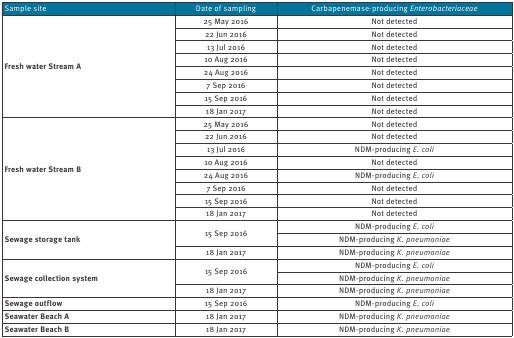
| Sample site | Date of sampling | Carbapenemase-producing Enterobacteriaceae |
 | --- | --- | --- |
 | <ROWSPAN=8> Fresh water Stream A | 25 May 2016 | Not detected |
 | 22 Jun 2016 | Not detected |
 | 13 Jul 2016 | Not detected |
 | 10 Aug 2016 | Not detected |
 | 24 Aug 2016 | Not detected |
 | 7 Sep 2016 | Not detected |
 | 15 Sep 2016 | Not detected |
 | 18 Jan 2017 | Not detected |
 | <ROWSPAN=8> Fresh water Stream B | 25 May 2016 | Not detected |
 | 22 Jun 2016 | Not detected |
 | 13 Jul 2016 | NDM-producing E. coli |
 | 10 Aug 2016 | Not detected |
 | 24 Aug 2016 | NDM-producing E. coli |
 | 7 Sep 2016 | Not detected |
 | 15 Sep 2016 | Not detected |
 | 18 Jan 2017 | Not detected |
 | <ROWSPAN=3> Sewage storage tank | <ROWSPAN=2> 15 Sep 2016 | NDM-producing E. coli |
 | NDM-producing K. pneumoniae |
 | 18 Jan 2017 | NDM-producing K. pneumoniae |
 | <ROWSPAN=3> Sewage collection system | <ROWSPAN=2> 15 Sep 2016 | NDM-producing E. coli |
 | NDM-producing K. pneumoniae |
 | 18 Jan 2017 | NDM-producing K. pneumoniae |
 | Sewage outflow | 15 Sep 2016 | NDM-producing E. coli |
 | Seawater Beach A | 18 Jan 2017 | NDM-producing K. pneumoniae |
 | Seawater Beach B | 18 Jan 2017 | NDM-producing K. pneumoniae |